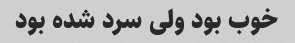
خوب بود ولی سرد شده بود